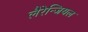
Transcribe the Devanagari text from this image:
लैरेन्जियल